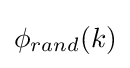
\phi _{rand}(k)